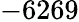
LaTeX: -6269